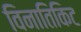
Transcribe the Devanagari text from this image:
विनातिकिट